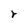
Character: r